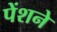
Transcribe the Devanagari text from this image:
पेंशने